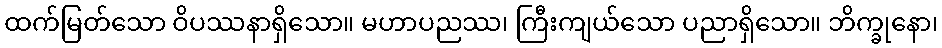
ထက်မြတ်သော ဝိပဿနာရှိသော။ မဟာပညဿ၊ ကြီးကျယ်သော ပညာရှိသော။ ဘိက္ခုနော၊